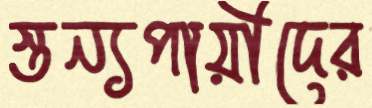
স্তন্যপায়ীদের